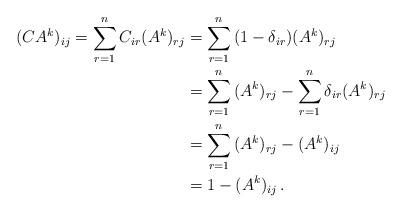
LaTeX: \begin{align*}(CA^k )_{ij} = \sum\limits_{r = 1}^n {C_{ir} (A^k )_{rj} } &= \sum\limits_{r = 1}^n {(1 - \delta _{ir} )(A^k )_{rj} }\\&= \sum\limits_{r = 1}^n {(A^k )_{rj} } - \sum\limits_{r = 1}^n {\delta _{ir} (A^k )_{rj} }\\&= \sum\limits_{r = 1}^n {(A^k )_{rj} } - (A^k )_{ij}\\&= 1 - (A^k )_{ij}\,.\end{align*}